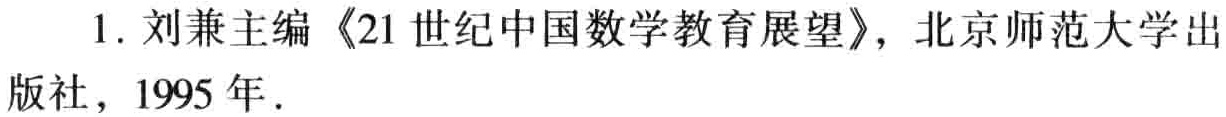
1. 刘兼主编《21世纪中国数学教育展望》，北京师范大学出版社，1995年.